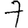
Digit: 7